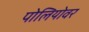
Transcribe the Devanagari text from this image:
पोलियोवर